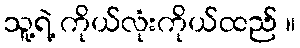
သူ့ရဲ့ ကိုယ်လုံးကိုယ်ထည် ။